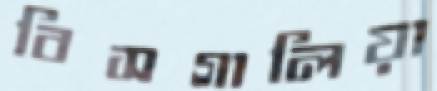
বিসগালিয়া